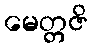
မေတ္တဇိ